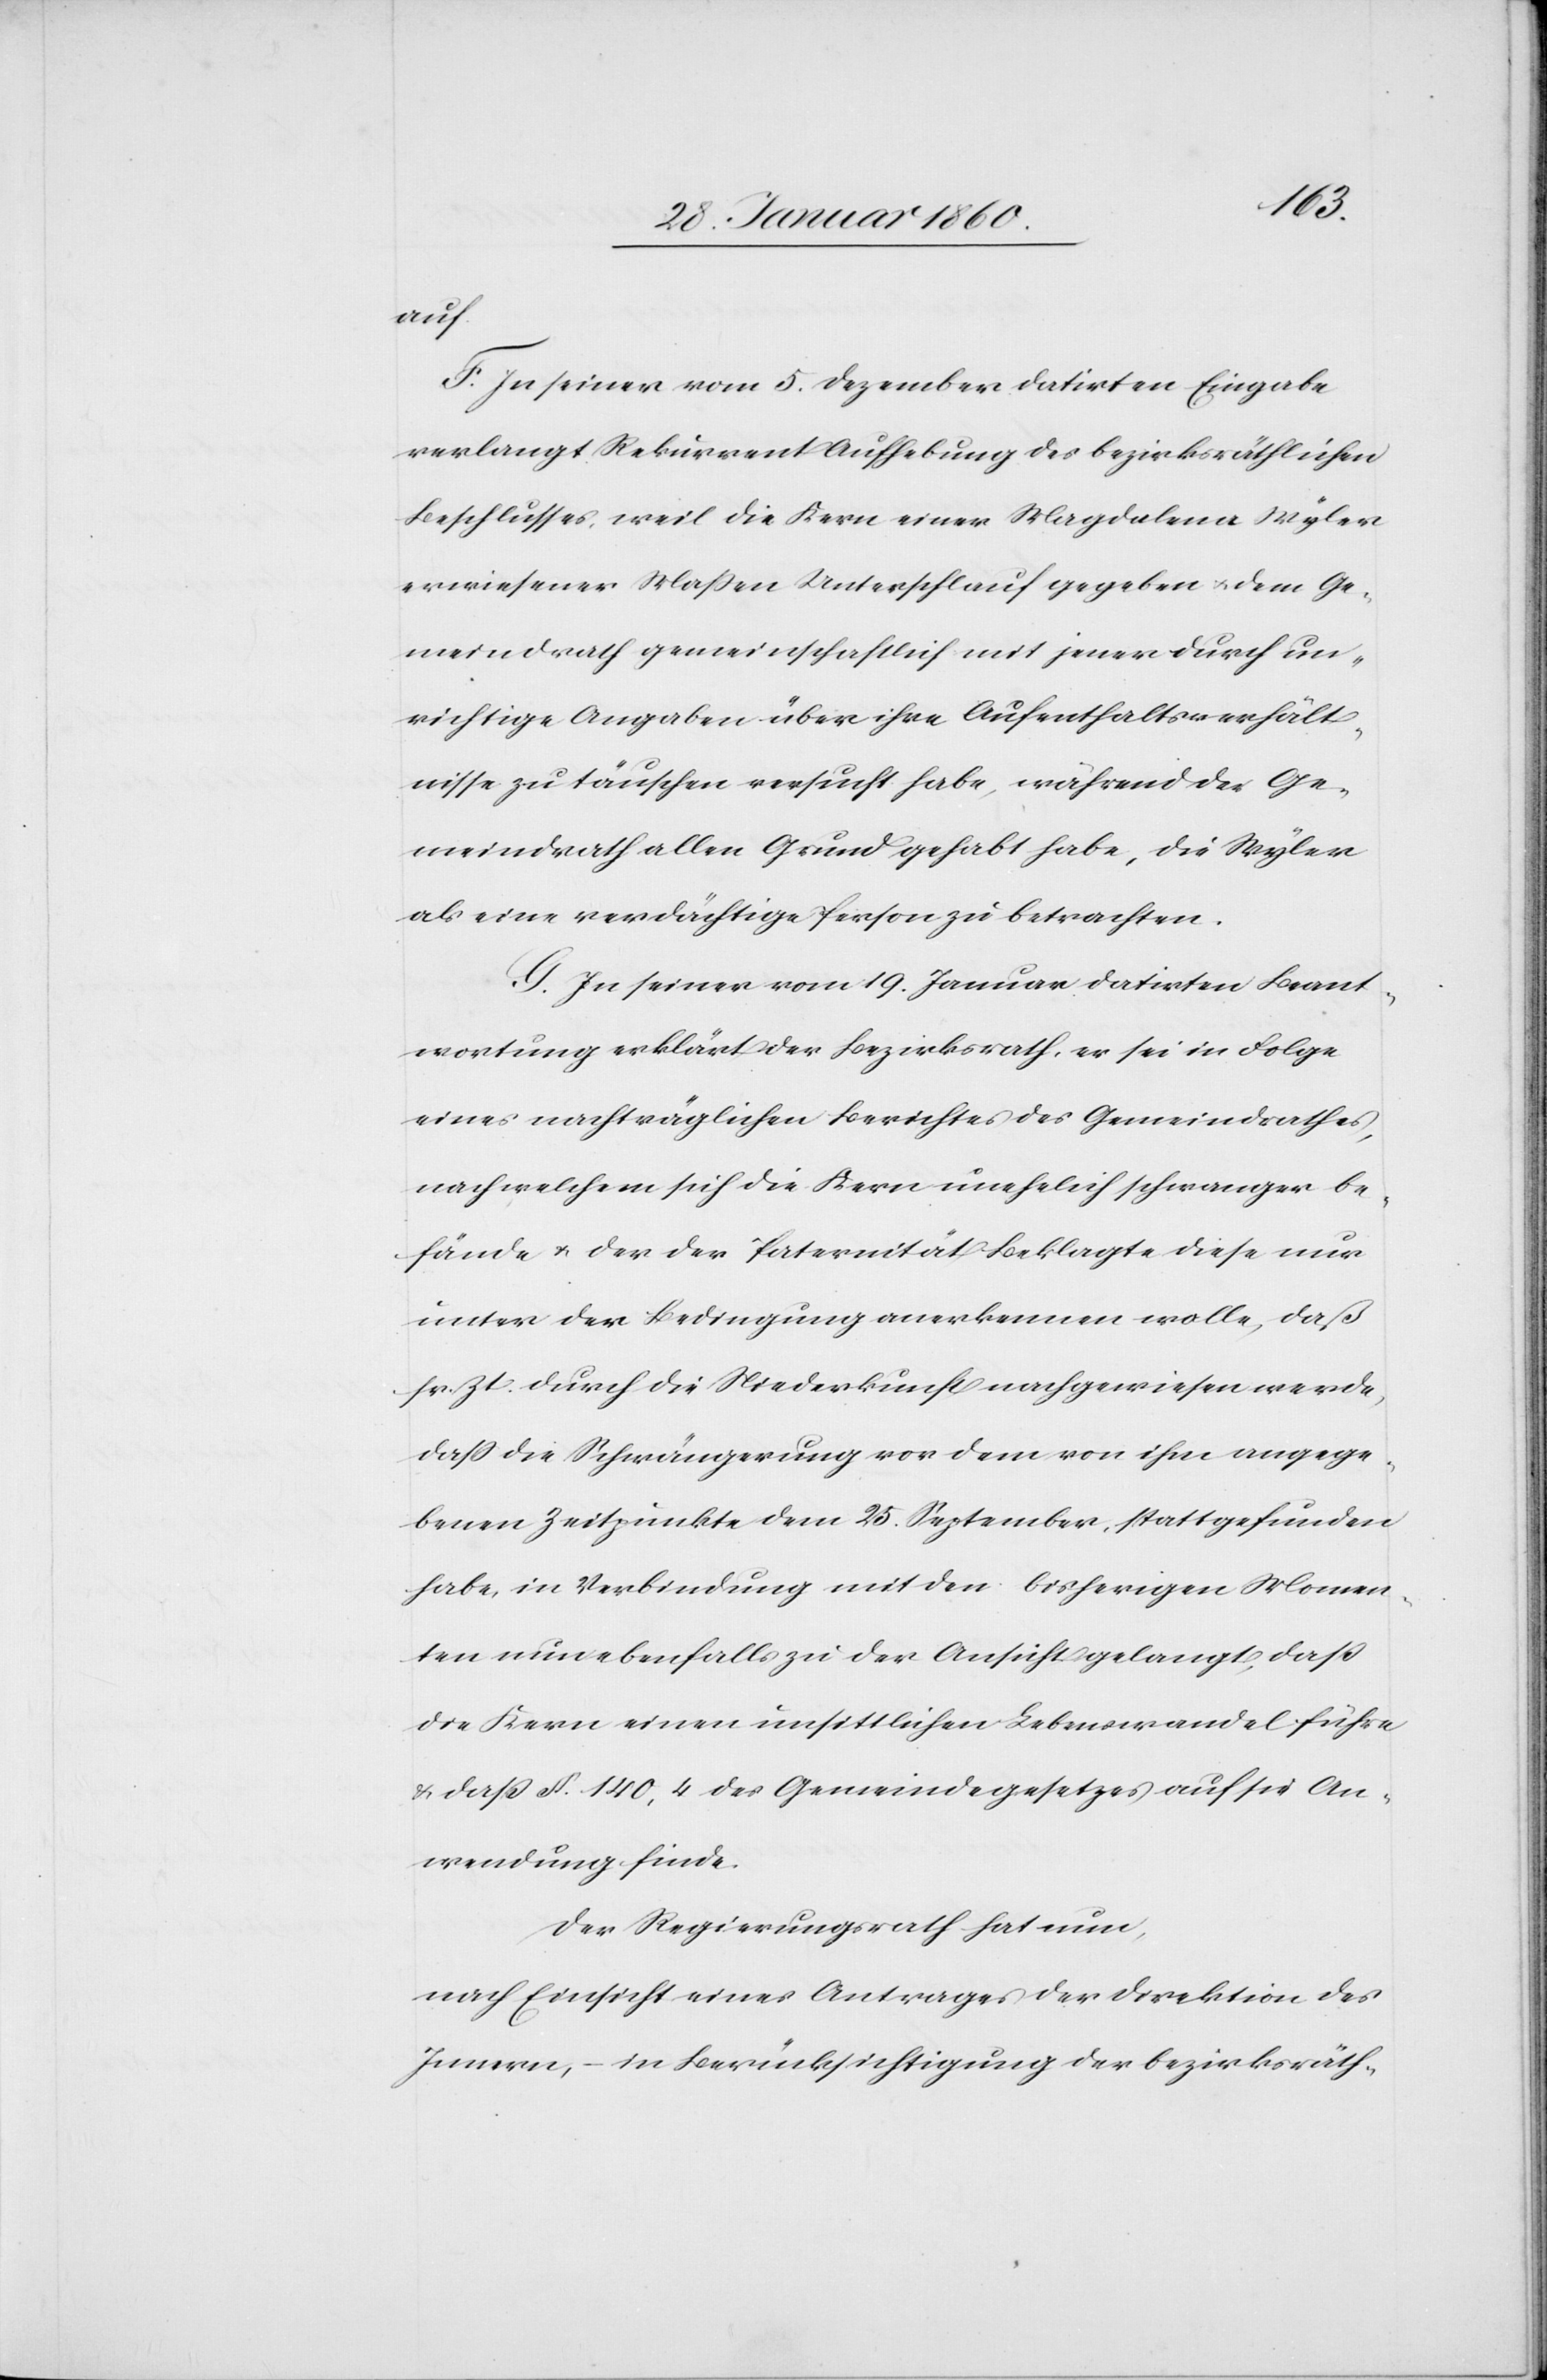
auf.
F. In seiner vom 5. Dezember datirten Eingabe
verlangt Rekurrent Aufhebung des bezirksräthlichen
Beschlusses, weil die Kern einer Magdalena Wyler
erwiesener Massen Unterschlauf gegeben u. dem Ge¬
meindrath gemeinschaftlich mit jener durch un¬
richtige Angaben über ihre Aufenthaltsverhält¬
nisse zu täuschen versucht habe, während der Ge¬
meindrath allen Grund gehabt habe, die Wyler
als eine verdächtige Person zu betrachten.
G. In seiner vom 19. Januar datirten Beant¬
wortung erklärt der Bezirksrath, er sei in Folge
eines nachträglichen Berichtes des Gemeindrathes,
nach welchem sich die Kern unehelich schwanger be¬
fände u. der der Paternität Beklagte diese nur
unter der Bedingung anerkennen wolle, daß
sr. Zt. durch die Niederkunft nachgewiesen werde,
dass die Schwängerung vor dem von ihn angege¬
benen Zeitpunkte dem 25. September, stattgefunden
habe, in Verbindung mit den bisherigen Momen¬
ten nun ebenfalls zu der Ansicht gelangt, dass
die Kern einen unsittlichen Lebenswandel führe
u. dass §. 140,4 des Gemeindegesetzes auf sie An¬
wendung finde.
der Regierungsrath hat nun,
nach Einsicht eines Antrages der Direktion des
Innern, – in Berücksichtigung der bezirksräth-